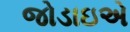
જોડાઇએ